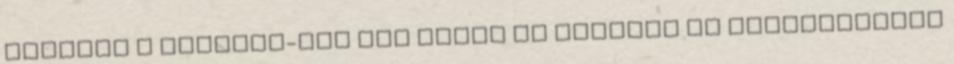
magasra a futball-láz Itt jöhet el először az apokalipszis